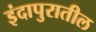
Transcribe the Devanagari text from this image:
इंदापुरातील